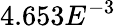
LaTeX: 4.653E^{-3}